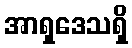
အာရှဒေသရှိ